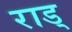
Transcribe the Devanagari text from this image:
राड्